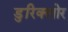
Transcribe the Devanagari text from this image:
डुरिक्लोर